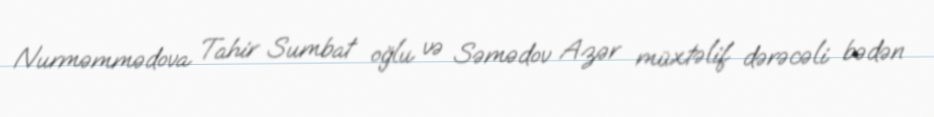
Nurməmmədova Tahir Sumbat oğlu və Səmədov Azər müxtəlif dərəcəli bədən